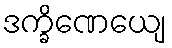
ဒက္ခိဏေယျေ